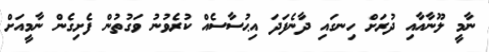
ނާމީ ލޫނާއާއި ދުރަށް ހިނގައި ދާނެފަދަ އިޙުސާސެއް ކުރެވުނު ވަގުތުން ފެށިގެން ނާމީއަށް